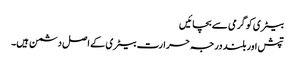
بیٹری کو گرمی سے بچائیں
تپش اور بلند درجہ حرارت بیٹری کے اصل دشمن ہیں۔